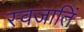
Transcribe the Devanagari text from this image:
स्वजातिं